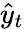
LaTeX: \hat{y}_{t}